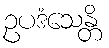
ဥပဒံသေန္တိ